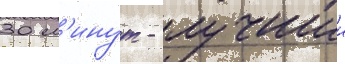
30 м'инут - лучшии